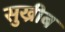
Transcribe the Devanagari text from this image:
सुख्रीब